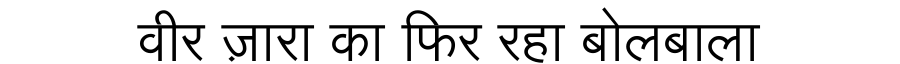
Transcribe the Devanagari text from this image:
वीर ज़ारा का फिर रहा बोलबाला